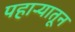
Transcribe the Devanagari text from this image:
पहार्‍यातून